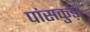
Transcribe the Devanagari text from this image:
पांसकुड़ा